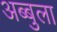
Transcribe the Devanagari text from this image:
अब्बुला